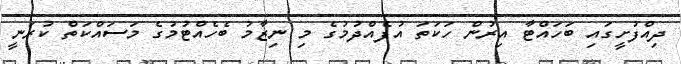
ދިއްފުށީގައި ބަހައްޓާ އިރުން ހަކަތަ އުފެއްދުމުގެ މި ނިޒާމު ބެހެއްޓުމުގެ މަސައްކަތް ކުރަނީ